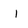
Character: l